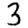
Digit: 3